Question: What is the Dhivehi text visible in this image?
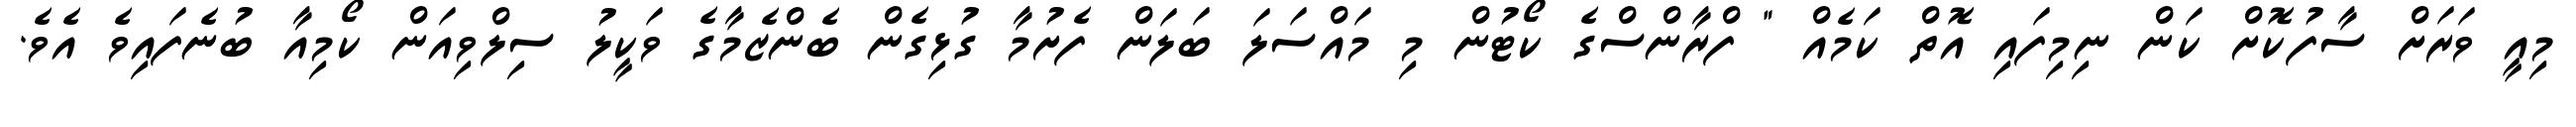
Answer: މިއީ ވަރަށް ސާފުކޮށް ކަން ނިމިފައި އޮތް ކަމެއް " ފްރާންސްގެ ކޯޓުން މި މައްސަލަ ބަލަން ފެށުމާ ގުޅިގެން ބެންޒެމާގެ ވަކީލު ސިލްވިއަން ކޯމިއާ ބުނެފައިވެ އެވެ.